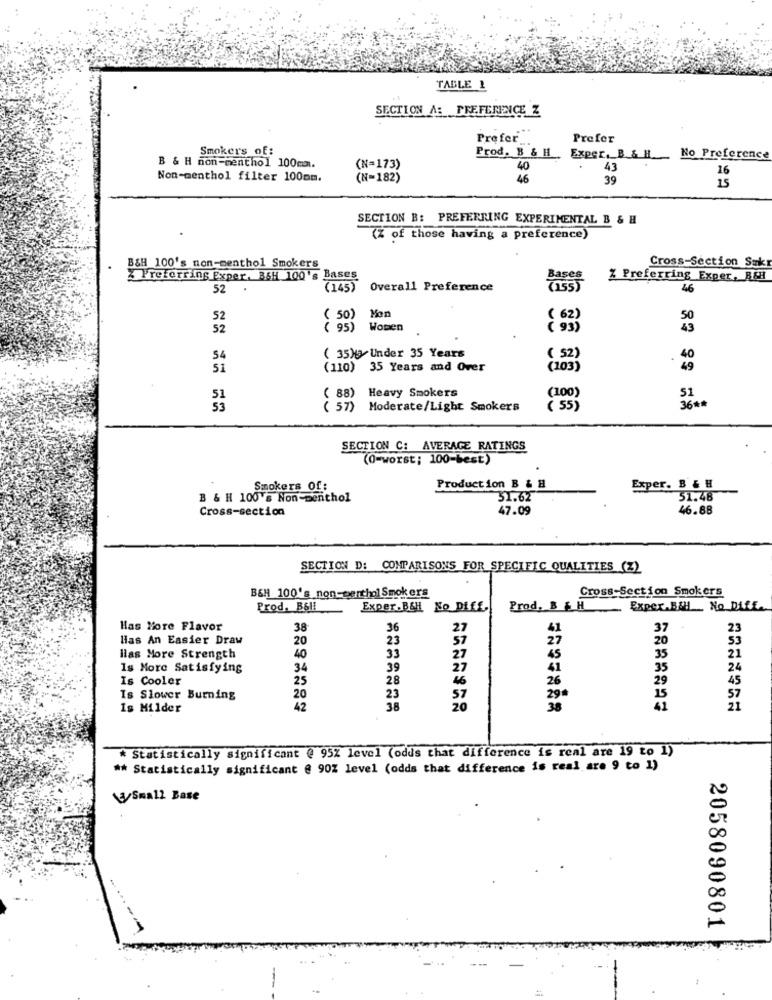
TABLE 1
SECTION A: PREFERENCE Z
Prefer
Prefer
Smokers of:
B & H non-menthol 100mm.
Prod. B & H . Exper. B & H.
No Preference
(N=173)
40
43
16
Non-menthol filter 100om.
(N=182)
46
39
15
SECTION B: PREFERRING EXPERIMENTAL B & H
(Z of those having a preference)
B&H 100's non-menthol Smokers
Cross-Section Sakr
Preferring Exper, B&H 100's Bases
Bases
Z Preferring Exper, B&H
52
(145) Overall Preference
46
Mon
52
( 50)
( 62)
52
( 95) Women
54
( 35)gy Under 35 Years
( 52)
.
40
Si
(110) 35 Years and Over
(103)
49
( 88) Heavy Smokers
(100)
51
( 57)
Moderate/Light Smokers
( 55)
36##
SECTION C: AVERAGE RATINGS
(0=worst; 100-best)
Smokers Of:
Production B & H
Exper. B & H
B & H 100's Non-penthol
51.62
51.48
Cross-section
47.09
46.88
SECTION D: COMPARISONS FOR SPECIFIC QUALITIES (Z)
Cross-Section Smokers
B&H 100's non-merthol Smokers
Prod. B&II
Exper. BEH No Diff.
Prod. B & H
Exper.B&H_ No_Diff.
Has More Flavor
38
36
27
37
23
Hias An Easier Draw
20
23
57
27
20
53
Has More Strength
40
33
27
35
21
Is More Satisfying
34
39
27
41
35
24
Is Cooler
25
28
26
29
45
Is Slower Burning
20
23
57
29
15
57
Is Milder
42
20
38
41
21
* Statistically significant @ 95% level (odds that difference is real are 19 to 1)
#* Statistically significant @ 90% level (odds that difference is real are 9 to 1)
Small Base
2058090801
-